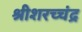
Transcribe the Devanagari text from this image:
श्रीशरच्चंद्र